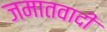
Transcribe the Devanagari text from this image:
जमातवादी